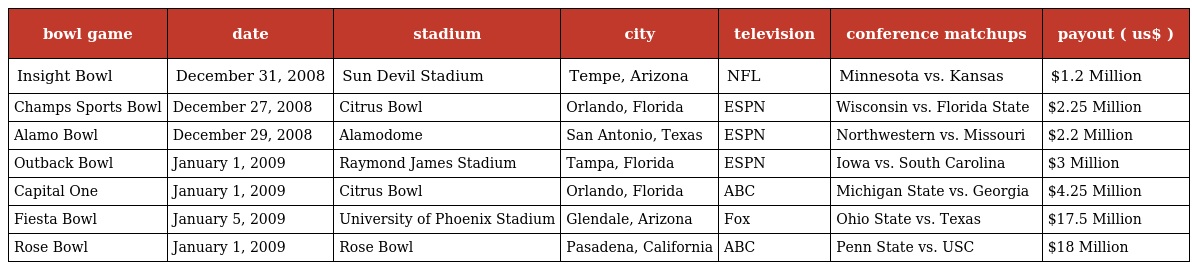
| bowl game | date | stadium | city | television | conference matchups | payout ( us$ ) |
 | --- | --- | --- | --- | --- | --- | --- |
 | Insight Bowl | December 31, 2008 | Sun Devil Stadium | Tempe, Arizona | NFL | Minnesota vs. Kansas | $1.2 Million |
 | Champs Sports Bowl | December 27, 2008 | Citrus Bowl | Orlando, Florida | ESPN | Wisconsin vs. Florida State | $2.25 Million |
 | Alamo Bowl | December 29, 2008 | Alamodome | San Antonio, Texas | ESPN | Northwestern vs. Missouri | $2.2 Million |
 | Outback Bowl | January 1, 2009 | Raymond James Stadium | Tampa, Florida | ESPN | Iowa vs. South Carolina | $3 Million |
 | Capital One | January 1, 2009 | Citrus Bowl | Orlando, Florida | ABC | Michigan State vs. Georgia | $4.25 Million |
 | Fiesta Bowl | January 5, 2009 | University of Phoenix Stadium | Glendale, Arizona | Fox | Ohio State vs. Texas | $17.5 Million |
 | Rose Bowl | January 1, 2009 | Rose Bowl | Pasadena, California | ABC | Penn State vs. USC | $18 Million |